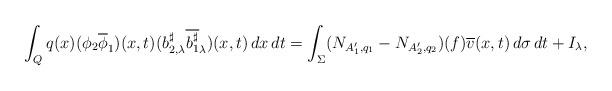
LaTeX: \begin{align*}\int_{Q}q(x)(\phi_{2}\overline{\phi}_{1})(x,t)(b_{2,\lambda}^{\sharp}\overline{b_{1}^{\sharp}}_{\lambda})(x,t)\,dx\,dt=\displaystyle\int_{\Sigma}(N_{A'_{1},q_{1}}-N_{A'_{2},q_{2}})(f) \overline{v}(x,t)\,d\sigma\,dt+I_{\lambda},\end{align*}